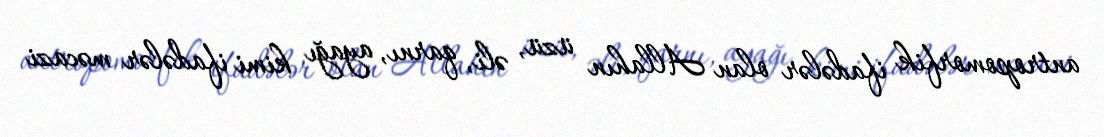
antropomorfik ifadələr olan Allahın üzü, əli, qarnı, ayağı kimi ifadələr məcazi